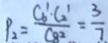
P _ { 2 } = \frac { C _ { 6 } ^ { 1 } \cdot G _ { 2 } ^ { 1 } } { C _ { 8 } ^ { 2 } } = \frac { 3 } { 7 }